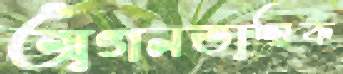
অগনতান্ত্রিক